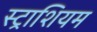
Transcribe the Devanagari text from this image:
स्ट्राशियम